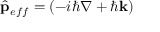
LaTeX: { \hat { \mathbf { p } } } _ { e f f } = \left( - i \hbar \nabla + \hbar \mathbf { k } \right)